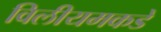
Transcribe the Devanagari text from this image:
विलीयमकडे